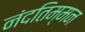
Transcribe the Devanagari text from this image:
नंदतिम्मन